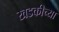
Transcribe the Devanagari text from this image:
खडकीच्या